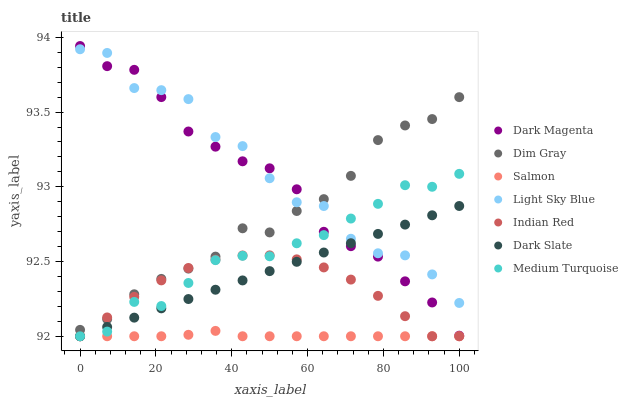
| xaxis_label | Dark Magenta | Dim Gray | Salmon | Light Sky Blue | Indian Red | Dark Slate | Medium Turquoise |
 | --- | --- | --- | --- | --- | --- | --- | --- |
 | 0 | 93.9 | 92 | 92 | 93.9 | 92 | 92 | 92 |
 | 7.14 | 93.8 | 92.1 | 92 | 93.9 | 92.1 | 92.1 | 92 |
 | 14.3 | 93.8 | 92.3 | 92 | 93.7 | 92.3 | 92.1 | 92.2 |
 | 21.4 | 93.6 | 92.4 | 92 | 93.6 | 92.4 | 92.2 | 92.2 |
 | 28.6 | 93.4 | 92.5 | 92 | 93.6 | 92.5 | 92.2 | 92.4 |
 | 35.7 | 93.3 | 92.5 | 92 | 93.3 | 92.5 | 92.3 | 92.5 |
 | 42.9 | 93.2 | 92.7 | 92 | 93.3 | 92.5 | 92.4 | 92.5 |
 | 50 | 93.1 | 92.7 | 92 | 93.1 | 92.5 | 92.4 | 92.5 |
 | 57.1 | 93 | 92.8 | 92 | 92.9 | 92.5 | 92.5 | 92.6 |
 | 64.3 | 92.7 | 92.9 | 92 | 92.9 | 92.5 | 92.6 | 92.7 |
 | 71.4 | 92.6 | 93.1 | 92 | 92.7 | 92.4 | 92.6 | 92.8 |
 | 78.6 | 92.5 | 93.3 | 92 | 92.6 | 92.3 | 92.7 | 92.9 |
 | 85.7 | 92.4 | 93.4 | 92 | 92.5 | 92.1 | 92.7 | 93 |
 | 92.9 | 92.2 | 93.5 | 92 | 92.4 | 92 | 92.8 | 93 |
 | 100 | 92 | 93.6 | 92 | 92.2 | 92 | 92.9 | 93.1 |